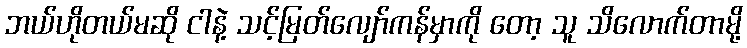
ဘယ်ဟိုတယ်မဆို ငါနဲ့ သင့်မြတ်လျော်ကန်မှာကို တော့ သူ သိလောက်တာမို့